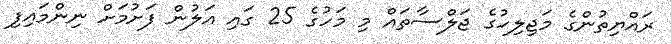
ރައްޔިތުންގެ މަޖިލިހުގެ ޖަލްސާތައް މި މަހުގެ 25 ގައި އަލުން ފަށުމަށް ނިންމައިފި